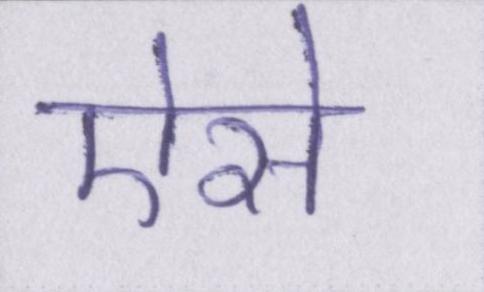
ऐसे